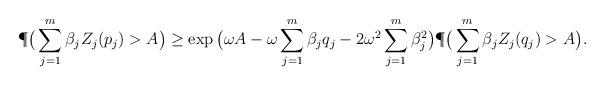
LaTeX: \begin{align*}\P\big(\sum_{j=1}^m \beta_j Z_j(p_j)>A \big)\geq \exp\big ( \omega A -\omega \sum_{j=1}^m \beta_j q_j - 2\omega^2 \sum_{j=1}^m \beta_j^2 \big) \P\big(\sum_{j=1}^m \beta_j Z_j(q_j)>A \big).\end{align*}